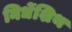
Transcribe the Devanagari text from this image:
निर्धेशिथ